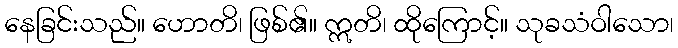
နေခြင်းသည်။ ဟောတိ၊ ဖြစ်၏။ ဣတိ၊ ထိုကြောင့်။ သုခသံဝါသော၊